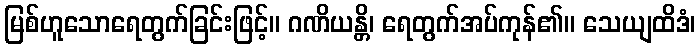
မြစ်ဟူသောရေတွက်ခြင်းဖြင့်။ ဂဏိယန္တိ၊ ရေတွက်အပ်ကုန်၏။ သေယျထိဒံ၊